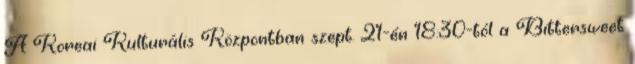
A Koreai Kulturális Központban szept. 21-én 18:30-tól a Bittersweet